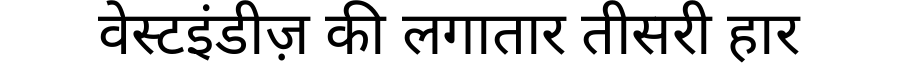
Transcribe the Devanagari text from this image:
वेस्टइंडीज़ की लगातार तीसरी हार